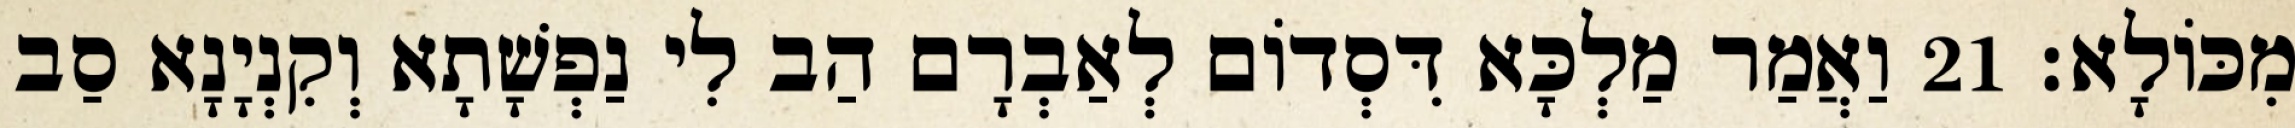
מִכּוֹלָא׃ 21 וַאֲמַר מַלְכָּא דִּסְדוֹם לְאַבְרָם הַב לִי נַפְשָׁתָא וְקִנְיָנָא סַב